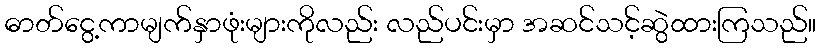
ဓာတ်ငွေ့ကာမျက်နှာဖုံးများကိုလည်း လည်ပင်းမှာ အဆင်သင့်ဆွဲထားကြသည်။